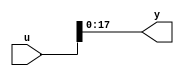
// -------------------------------------------------------------
// 
// 
// Generated by MATLAB 8.2 and HDL Coder 3.3
// 
// -------------------------------------------------------------


// -------------------------------------------------------------
// 
// Module: controllerHdl_MATLAB_Function
// Source Path: controllerHdl/Encoder_To_Position_And_Velocity/Rotor_To_Electrical_Position/Mod_2pi_Scale_And_Bit_Slice/Mark_Extract_Bits/MATLAB Function
// Hierarchy Level: 6
// 
// -------------------------------------------------------------

`timescale 1 ns / 1 ns

module controllerHdl_MATLAB_Function
          (
           u,
           y
          );


  input   [35:0] u;  // ufix36
  output  [17:0] y;  // ufix18




  //MATLAB Function 'Encoder_To_Position_And_Velocity/Rotor_To_Electrical_Position/Mod_2pi_Scale_And_Bit_Slice/Mark_Extract_Bits/MATLAB Function': '<S13>:1'
  // Non-tunable mask parameter
  //'<S13>:1:8'
  //'<S13>:1:10'
  assign y = u[17:0];
  //'<S13>:1:14'



endmodule  // controllerHdl_MATLAB_Function